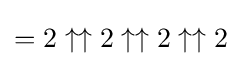
=2\uparrow \uparrow 2\uparrow \uparrow 2\uparrow \uparrow 2